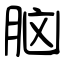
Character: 脑